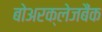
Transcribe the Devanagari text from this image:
बोअरक्लेजबैंक